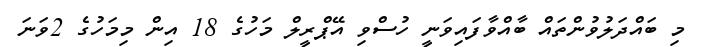
މި ބައްދަލުވުންތައް ބާއްވާފައިވަނީ ހުސްވި އޭޕްރީލް މަހުގެ 18 އިން މިމަހުގެ 2ވަނަ